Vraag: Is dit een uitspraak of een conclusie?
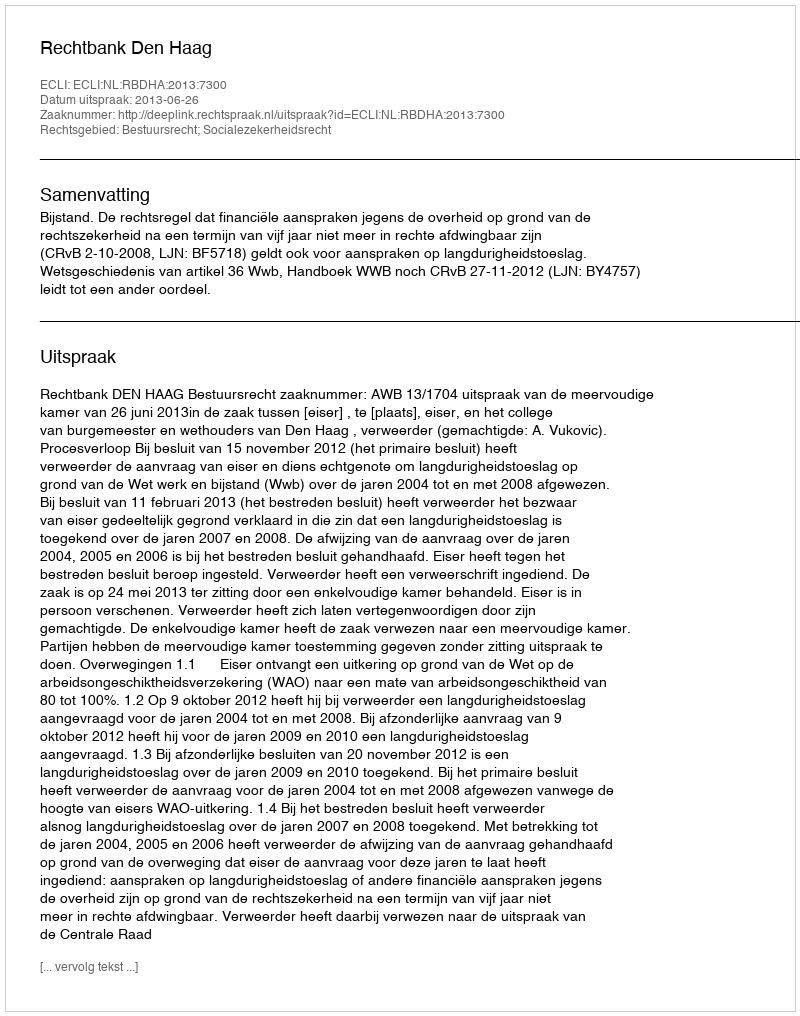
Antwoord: Uitspraak